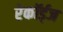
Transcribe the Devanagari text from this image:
रेकॉर्ड्‌ज